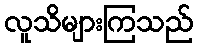
လူသိများကြသည်